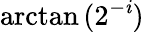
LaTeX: \arctan{(2^{-\mathit{i}})}